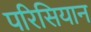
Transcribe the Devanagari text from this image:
परिसियान